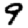
Digit: 9